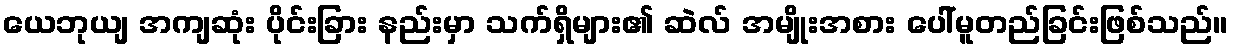
ယေဘုယျ အကျဆုံး ပိုင်းခြား နည်းမှာ သက်ရှိများ၏ ဆဲလ် အမျိုးအစား ပေါ်မူတည်ခြင်းဖြစ်သည်။